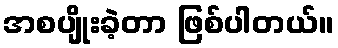
အစပျိုးခဲ့တာ ဖြစ်ပါတယ်။